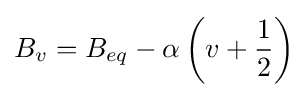
B_{v}=B_{eq}-\alpha \left(v+{1 \over 2}\right)